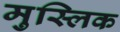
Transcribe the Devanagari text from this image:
मुस्लिक